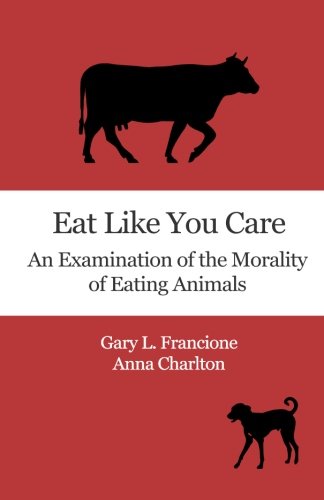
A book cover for Eat Like You Care: An Examination of the Morality of Eating Animals; Gary L Francione; Science & Math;